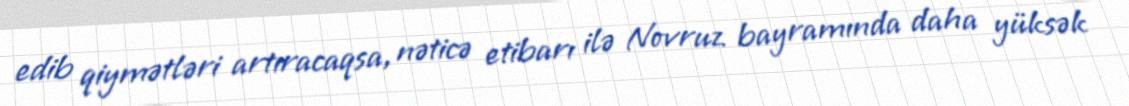
edib qiymətləri artıracaqsa, nəticə etibarı ilə Novruz bayramında daha yüksək